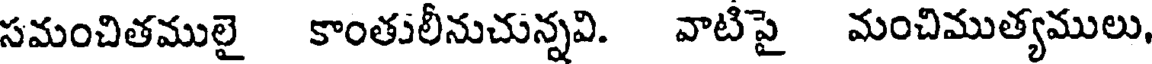
సమంచితములై కాంతులీనుచున్నవి. వాటిపై మంచిముత్యములు.